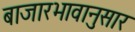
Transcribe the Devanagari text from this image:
बाजारभावानुसार